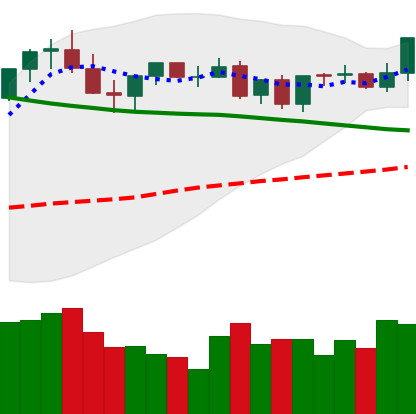
Ticker: TRX-USD
Chart end date: 2021-09-01
Forward return: 9.043%
Label: up_7plus